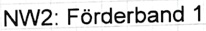
Text: NW2: Förderband 1